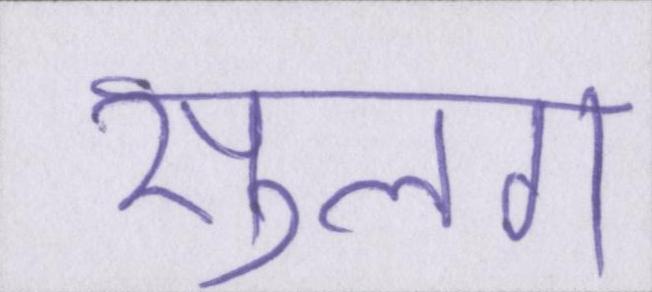
सुलग